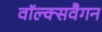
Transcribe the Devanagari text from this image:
वॉल्क्सवैगन